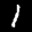
Label: 1